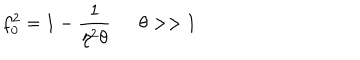
LaTeX: f _ { 0 } ^ { 2 } = 1 - \frac { 1 } { \eta ^ { 2 } \theta } \, \, \, \, \, \, \, \, \, \theta > > 1